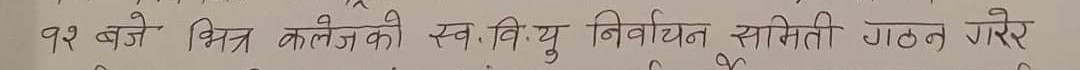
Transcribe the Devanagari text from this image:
११ बजे भित्र कलेजको स्व.वि.यु निर्वाचित समिती गठन गरेर